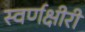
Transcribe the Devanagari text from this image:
स्वर्णक्षीरी